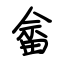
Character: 畲